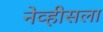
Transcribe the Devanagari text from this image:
नेव्हीसला